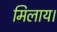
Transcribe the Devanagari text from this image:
मिलाय।